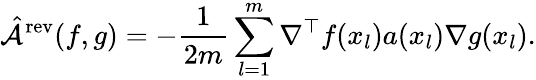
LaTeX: \hat{\mathcal{A}}^{\mathrm{rev}}(f,g)=-\frac{1}{2m}\sum_{l=1}^{m}\nabla^{\top}f(x_{l})a(x_{l})\nabla g(x_{l}).